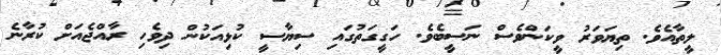
ލީތާއެވެ. ތިޔަވަރު ވީކަންވެސް ނަސީބެވެ. ހަގީގަތުގައި ސިޔާސީ ކުޅިއަކުން ދިވެހި ރާއްޖެއަށް ކުރާނެ